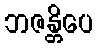
ဘဇန္တိပေ